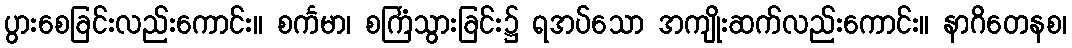
ပွားစေခြင်းလည်းကောင်း။ စင်္ကမာ၊ စင်္ကြံသွားခြင်း၌ ရအပ်သော အကျိုးဆက်လည်းကောင်း။ နာဂိတေနစ၊